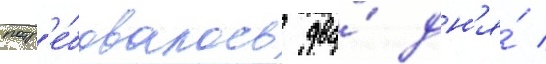
потр'е́бовалось два́ дн'я́ /